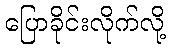
ပြောခိုင်းလိုက်လို့